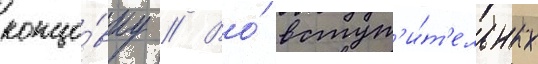
концо́вку // Во́ вступ'и́т'ельных